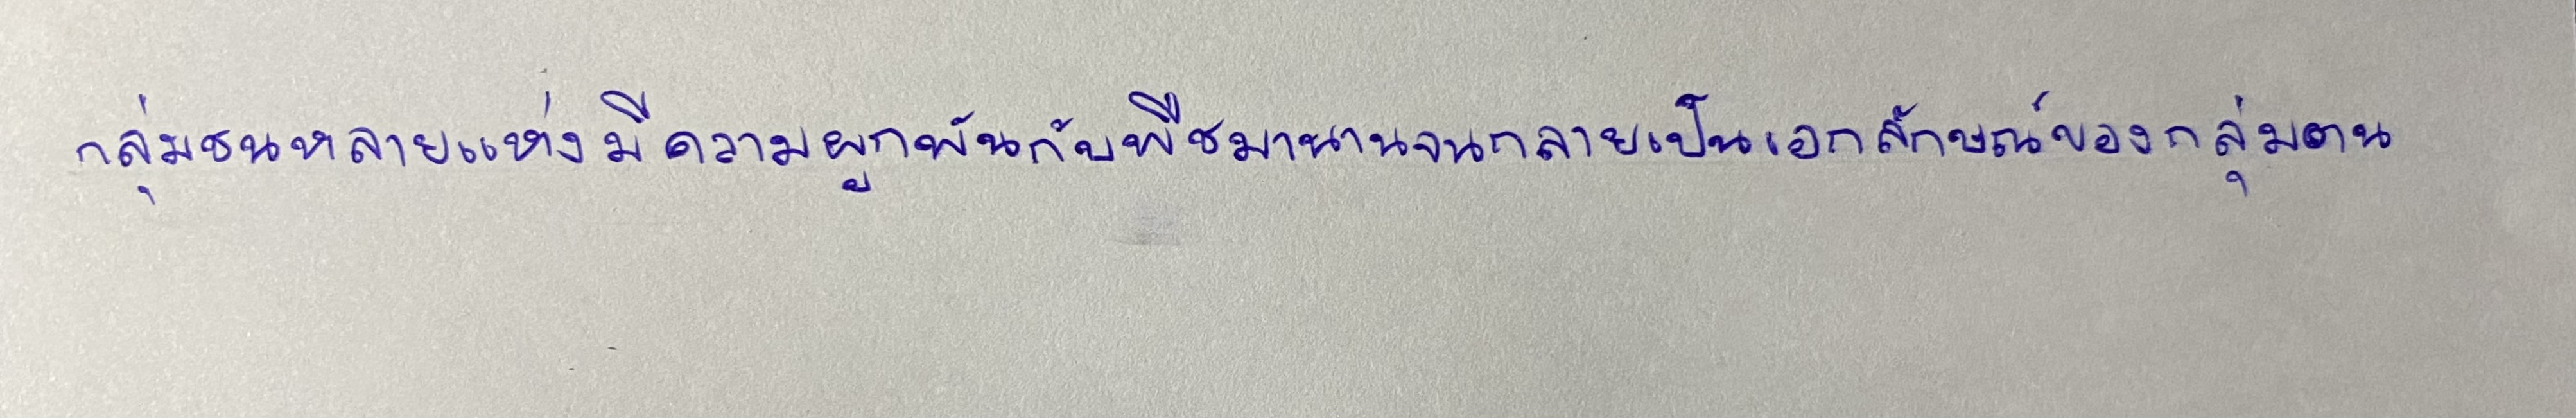
กลุ่มชนหลายแห่งมีความผูกพันกับพืชมานานจนกลายเป็นเอกลักษณ์ของกลุ่มตน